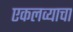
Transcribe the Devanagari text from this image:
एकलव्याचा